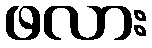
ဖလား